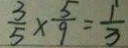
\frac { 3 } { 5 } \times \frac { 5 } { 9 } = \frac { 1 } { 3 }